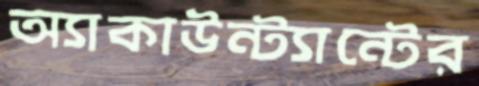
অ্যাকাউন্ট্যান্টের